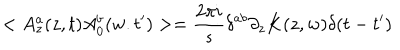
LaTeX: < A _ { z } ^ { a } ( z , t ) A _ { 0 } ^ { b } ( w . t ^ { \prime } ) > = { \frac { 2 \pi i } { s } } \delta ^ { a b } \partial _ { z } K ( z , w ) \delta ( t - t ^ { \prime } )